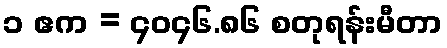
၁ ဧက = ၄၀၄၆.၈၆ စတုရန်းမီတာ